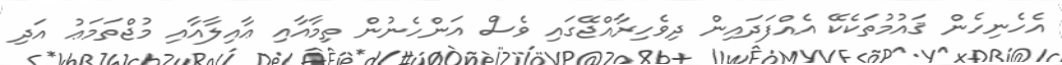
އެހެނިހެން ޤައުމުތަކެކޭ އެއްފަދައިން ދިވެހިރާއްޖޭގައި ވެސް އަންހެނުން ތިމާއާއި ޢާއިލާއާއި މުޖްތަމަޢު އަދި